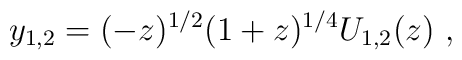
y_{1,2} =(- z)^{1/2} (1 + z)^{1/4} U_{1,2}(z)\ ,